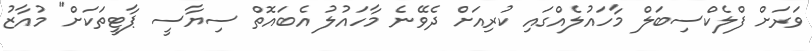
ވަރަށް ފްލެކްސިބަލް މާހައުލެއްގައި ކުރިއަށް ދެވޭނެ މާހައުލު އެބައޮތް ސިޔާސީ ޕާޓީތަކަށް" މުއާޒު